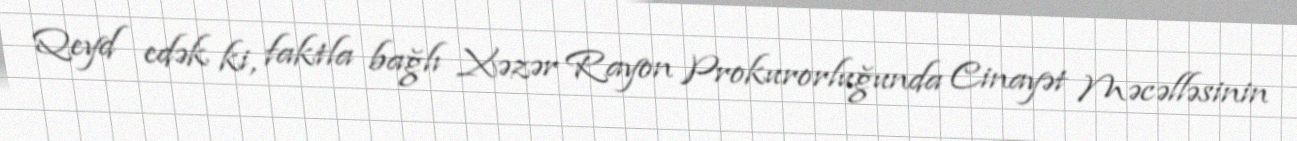
Qeyd edək ki, faktla bağlı Xəzər Rayon Prokurorluğunda Cinayət Məcəlləsinin